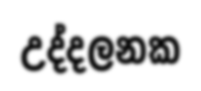
උද්දලනක